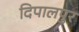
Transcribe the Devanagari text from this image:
दिपालपुर